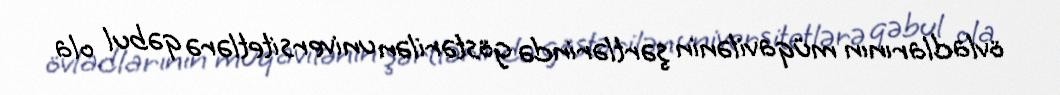
övladlarının müqavilənin şərtlərində göstərilən universitetlərə qəbul ola